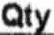
QTY